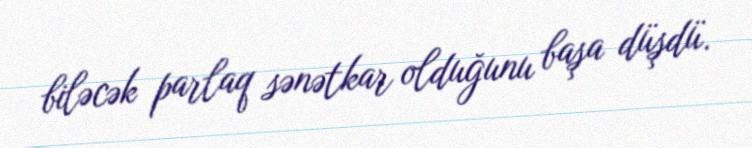
biləcək parlaq sənətkar olduğunu başa düşdü.